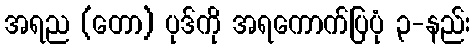
အရည (တော) ပုဒ်ကို အရကောက်ပြပုံ ၃-နည်း